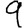
Digit: 9